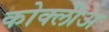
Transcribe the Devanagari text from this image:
कोक्लीअ